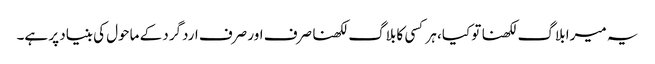
یہ میرا بلاگ لکھنا تو کیا، ہر کسی کا بلاگ لکھنا صرف اور صرف اردگرد کے ماحول کی بنیاد پر ہے۔